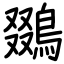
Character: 鵽